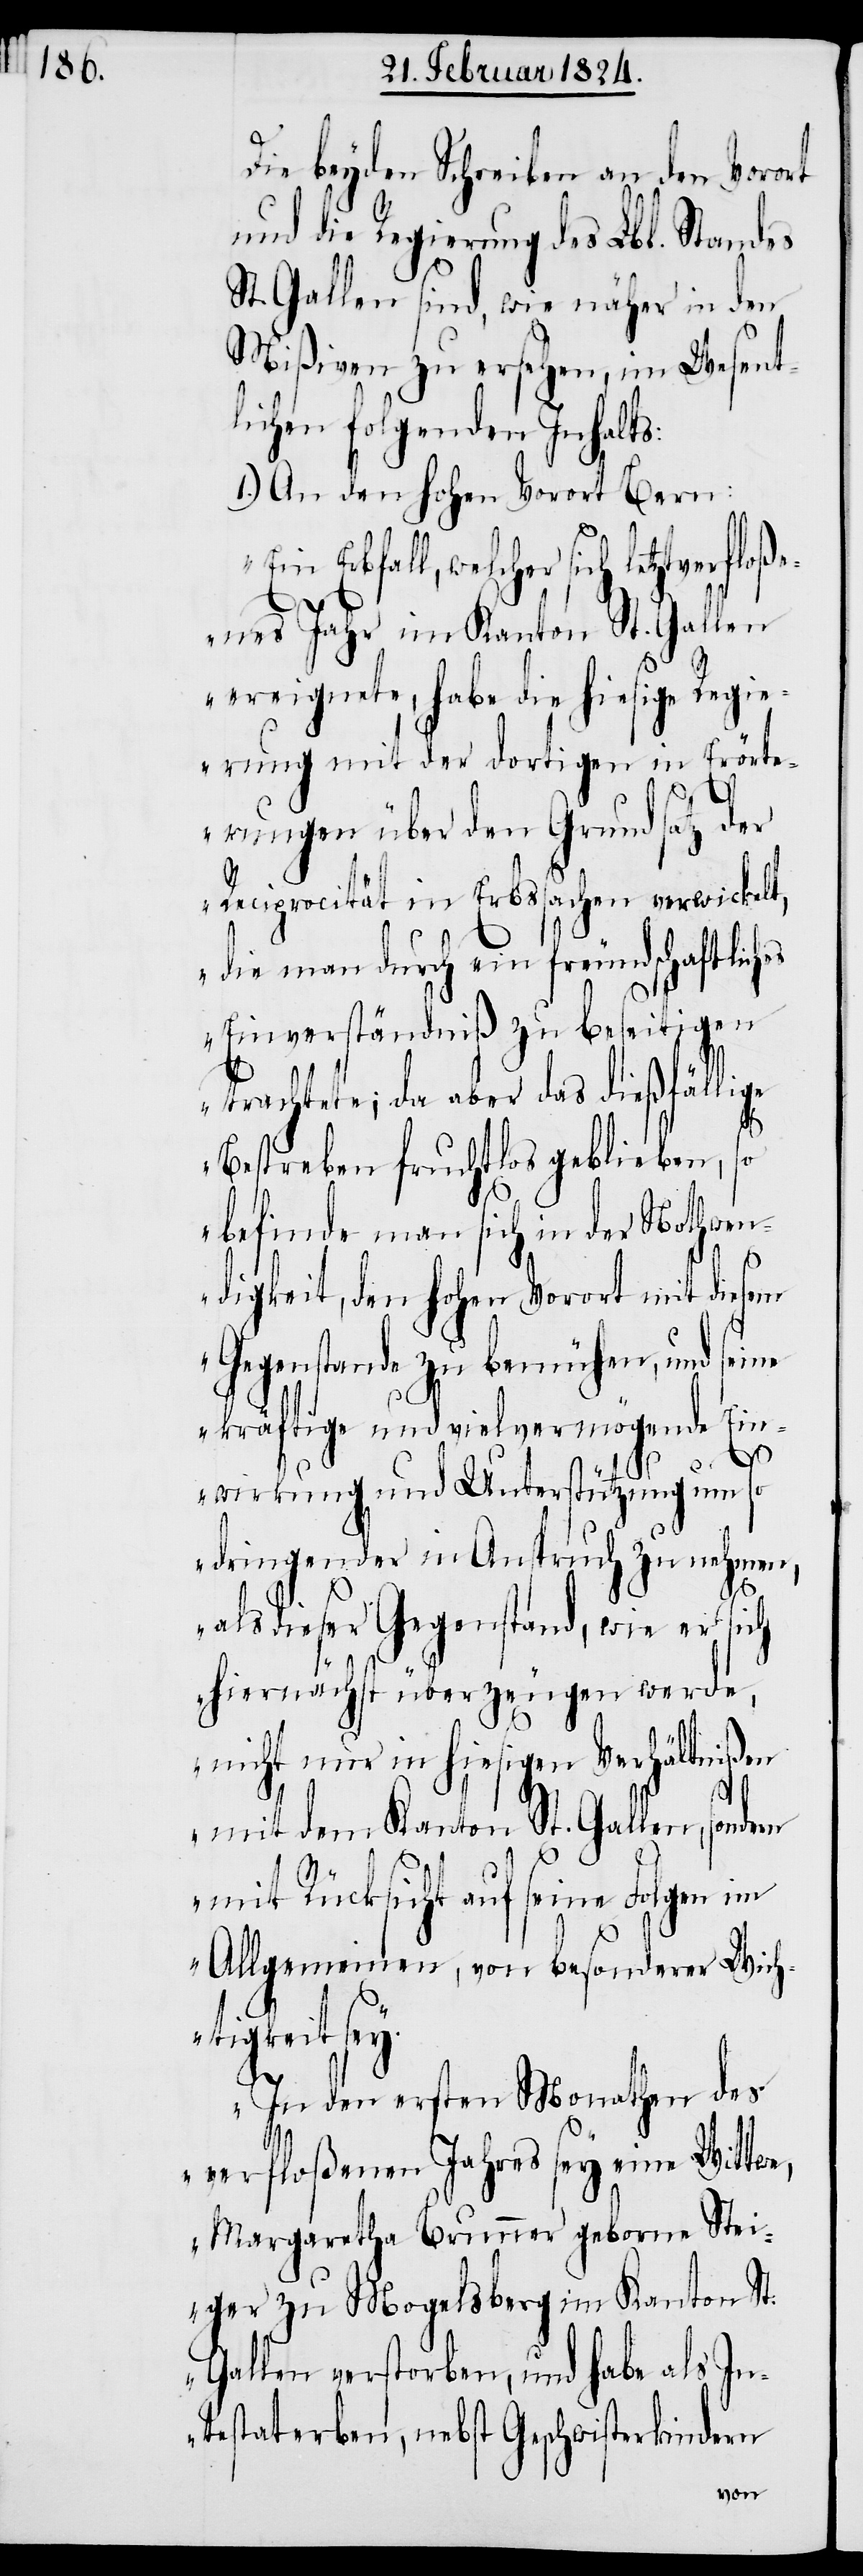
Die beyden Schreiben an den Vorort
und die Regierung des Lbl. Standes
St. Gallen sind, wie näher in den
Mißiven zu ersehen, im Wesent¬
lichen folgenden Inhalts:
1.) An den hohen Vorort Bern:
Erbfall, welcher sich letztverfloß¬
enes Jahr im Kanton St. Gallen
ereignete, habe die hiesige Regi¬
erung mit der dortigen in Erörte¬
rungen über den Grundsatz der
Reciprocität in Erbssachen verwickelt,
die man durch ein freundschaftlich¬
Einverständniß zu beseitigen
trachtete; da aber das dießfällige
Bestreben fruchtlos geblieben, so
befinde man sich in der Nothwen¬
digkeit, den hohen Vorort mit diesem
Gegenstande zu bemühen, und sei¬
ne kräftige und vielvermögende Ein¬
wirkung und Unterstützung um so
dringender in Anspruch zu nehmen,
als dieser Gegenstand, wie er sich
hiernächst überzeugen werde,
nicht nur in hiesigen Verhältnißen
mit dem Kanton St. Gallen, sondern
es
mit Rücksicht auf seine Folgen im
Allgemeinen, von besonderer Wicht¬
igkeit sey.
In den ersten Monathen des
verfloßenen Jahres sey eine Wittwe,
Margaretha Brunner geborene Stei¬
ger zu Mogelsberg im Kanton St.
Gallen verstorben, und habe als In¬
testaterben, nebst Geschwisterkindern